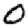
Digit: 0